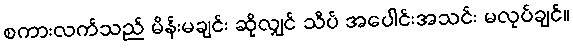
စကားလက်သည် မိန်းမချင်း ဆိုလျှင် သိပ် အပေါင်းအသင်း မလုပ်ချင်။